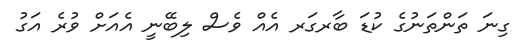
ގިނަ ތަންތަނުގެ ކުޑަ ބާރގަރ އެއް ވެސް ލިބޭނީ އެއަށް ވުރެ އަގު